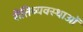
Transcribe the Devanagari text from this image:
रीतिव्यवस्थाओं